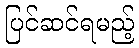
ပြင်ဆင်ရမည့်